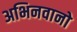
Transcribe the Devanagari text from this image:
अभिनवानो